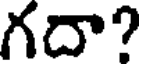
గదా?